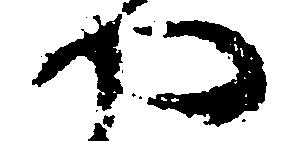
や